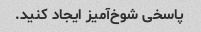
پاسخی شوخ‌آمیز ایجاد کنید.